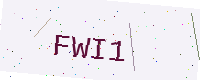
Text: FWI1